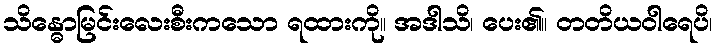
သိန္ဓောမြင်းလေးစီးကသော ရထားကို။ အဒါသိ၊ ပေး၏။ တတိယဝါရေပိ၊